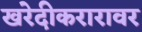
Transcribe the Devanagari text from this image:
खरेदीकरारावर